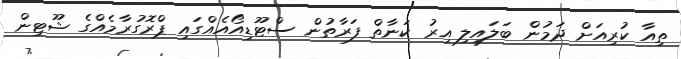
ތިއާ ކުރިއަށް ދަމުން ބަލައިލި އިރު ކަނާތް ފަރާތުން ސްޓޫޑިއޯއެއްގައި ޕްރޮގުރާމެއްގެ ޝޫޓިން